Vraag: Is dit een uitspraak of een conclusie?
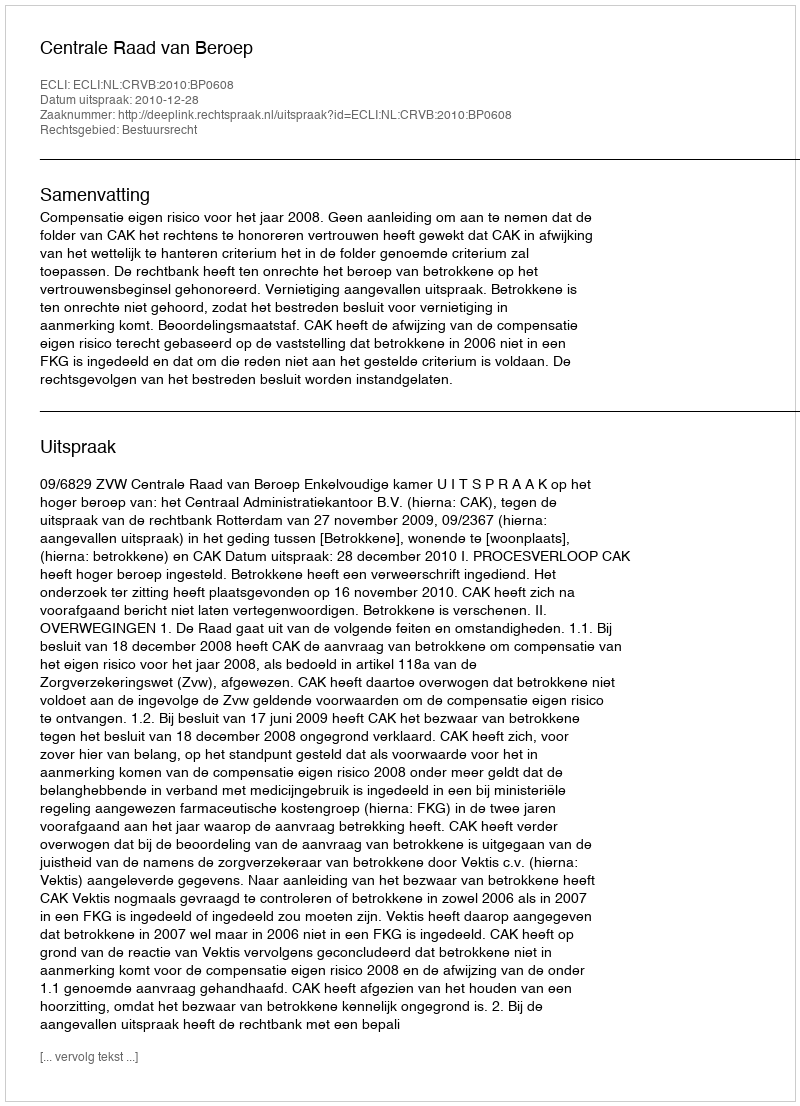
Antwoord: Uitspraak